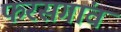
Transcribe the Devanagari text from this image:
फरसगांव